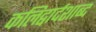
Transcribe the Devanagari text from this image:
कलिद्वार्दशाब्द